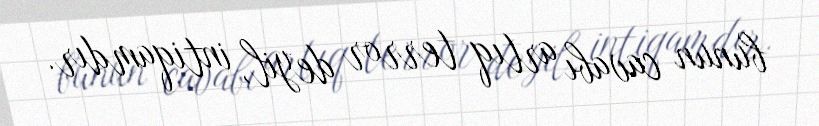
bunun cavabı artıq terror deyil, intiqamdır.